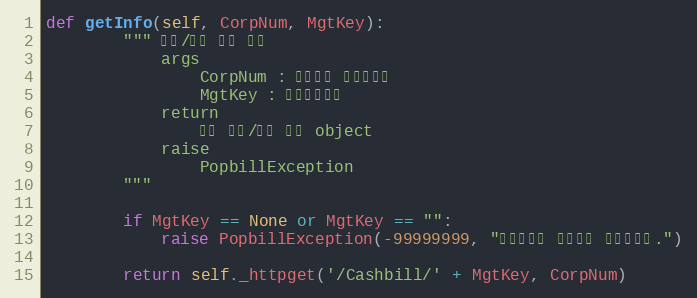
Language: Python
def getInfo(self, CorpNum, MgtKey):
        """ 상태/요약 정보 조회
            args
                CorpNum : 팝빌회원 사업자번호
                MgtKey : 문서관리번호
            return
                문서 상태/요약 정보 object
            raise
                PopbillException
        """

        if MgtKey == None or MgtKey == "":
            raise PopbillException(-99999999, "관리번호가 입력되지 않았습니다.")

        return self._httpget('/Cashbill/' + MgtKey, CorpNum)